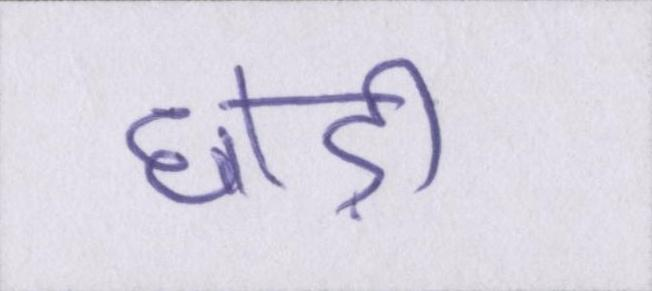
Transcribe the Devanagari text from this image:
छोड़ी